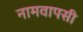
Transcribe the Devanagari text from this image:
नामवापसी